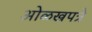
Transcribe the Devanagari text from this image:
ओळखपत्रे